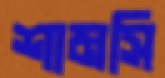
শামসি